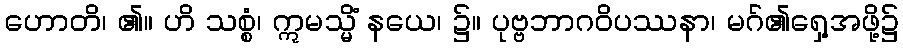
ဟောတိ၊ ၏။ ဟိ သစ္စံ၊ ဣမသ္မိံ နယေ၊ ၌။ ပုဗ္ဗဘာဂဝိပဿနာ၊ မဂ်၏ရှေ့အဖို့၌